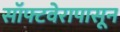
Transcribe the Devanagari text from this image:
सॉफ्टवेरापासून